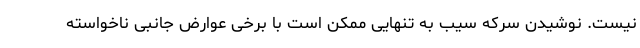
نیست. نوشیدن سرکه سیب به تنهایی ممکن است با برخی عوارض جانبی ناخواسته